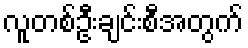
လူတစ်ဦးချင်းစီအတွက်